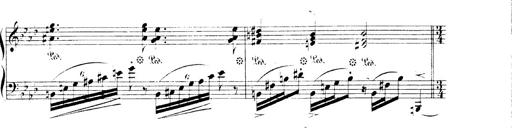
Title: 3 Chansons
Composer: Franz Liszt